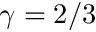
\gamma = 2 / 3